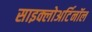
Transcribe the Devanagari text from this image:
साइक्लोअर्टिनॉल